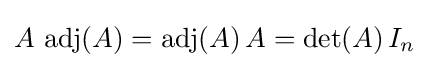
A\,\operatorname {adj} (A)=\operatorname {adj} (A)\,A=\det(A)\,I_{n}